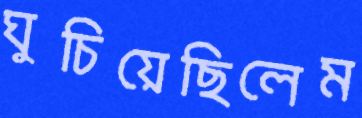
ঘুচিয়েছিলেম